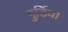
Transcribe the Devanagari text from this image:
गुर्डिया